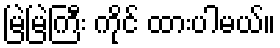
မြဲမြဲကြီး ကိုင် ထားပါမယ်။